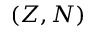
( Z , N )